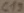
Text: C19